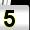
Digit: 5